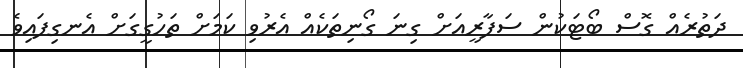
ދަތުރެއް ގޮސް ބޯޓަކުން ސަފާރީއަށް ގިނަ ގޯނިތަކެއް އެރުވި ކަމަށް ތަހުގީގަށް އެނގިފައިވެ